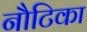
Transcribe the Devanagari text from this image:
नौटिका